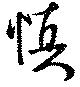
慎